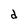
Character: d